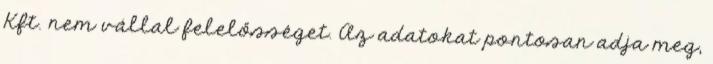
Kft. nem vállal felelősséget. Az adatokat pontosan adja meg,